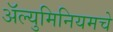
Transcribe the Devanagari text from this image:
अॅल्युमिनियमचे